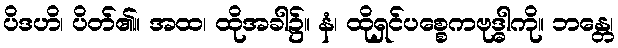
ပိဒဟိ၊ ပိတ်၏။ အထ၊ ထိုအခါ၌။ နံ၊ ထိုရှင်ပစ္စေကဗုဒ္ဓါကို။ ဘန္တေ၊